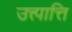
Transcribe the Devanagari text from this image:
उत्त्पात्ति